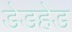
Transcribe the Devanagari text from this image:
डेडहेड